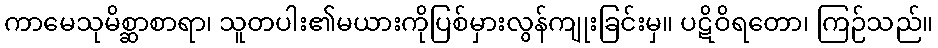
ကာမေသုမိစ္ဆာစာရာ၊ သူတပါး၏မယားကိုပြစ်မှားလွန်ကျုးခြင်းမှ။ ပဋိဝိရတော၊ ကြဉ်သည်။